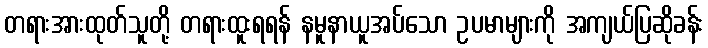
တရားအားထုတ်သူတို့ တရားထူးရရန် နမူနာယူအပ်သော ဥပမာများကို အကျယ်ပြဆိုခန်း